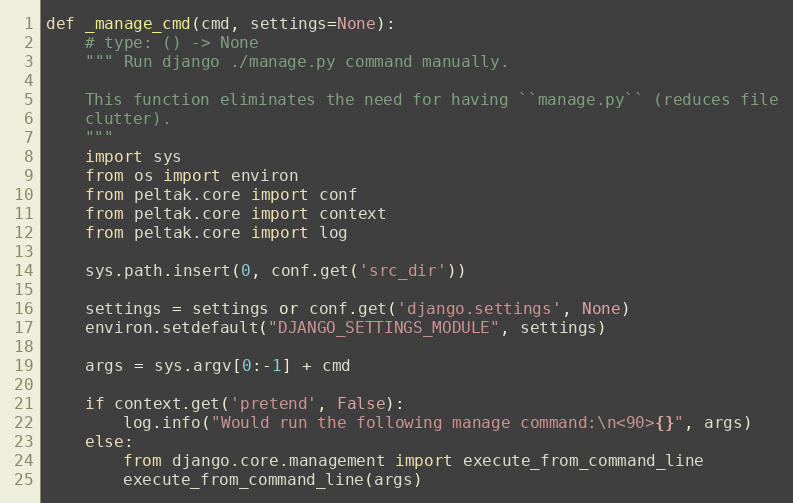
Language: Python
def _manage_cmd(cmd, settings=None):
    # type: () -> None
    """ Run django ./manage.py command manually.

    This function eliminates the need for having ``manage.py`` (reduces file
    clutter).
    """
    import sys
    from os import environ
    from peltak.core import conf
    from peltak.core import context
    from peltak.core import log

    sys.path.insert(0, conf.get('src_dir'))

    settings = settings or conf.get('django.settings', None)
    environ.setdefault("DJANGO_SETTINGS_MODULE", settings)

    args = sys.argv[0:-1] + cmd

    if context.get('pretend', False):
        log.info("Would run the following manage command:\n<90>{}", args)
    else:
        from django.core.management import execute_from_command_line
        execute_from_command_line(args)